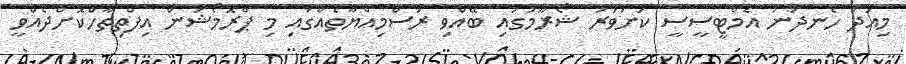
މިއަދު ހެނދުނު އެމްޓީސީސީ ކަށަވަރު ޝޯރޫމުގައި ބޭއްވި ރަސްމިއްޔާތެއްގައި މި ޕްރޮމޯޝަން އިފްތިތާހްކޮށްދެއްވީ